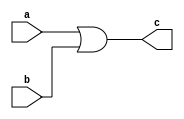
module or_gate(a,b,c);
    input a,b;
    output reg c;

    //structural model
    //or r1(c,a,b);

    //Data Flow model
    assign c = a | b;

    //Behavioral Model
    // always @(a,b)
    //     begin
    //         c = a | b;
    //     end
        
endmodule